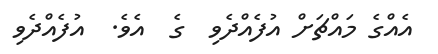
އެއްގެ މައްޗަށް އުފެއްދެވި  ގެ  އެވެ.  އުފެއްދެވި